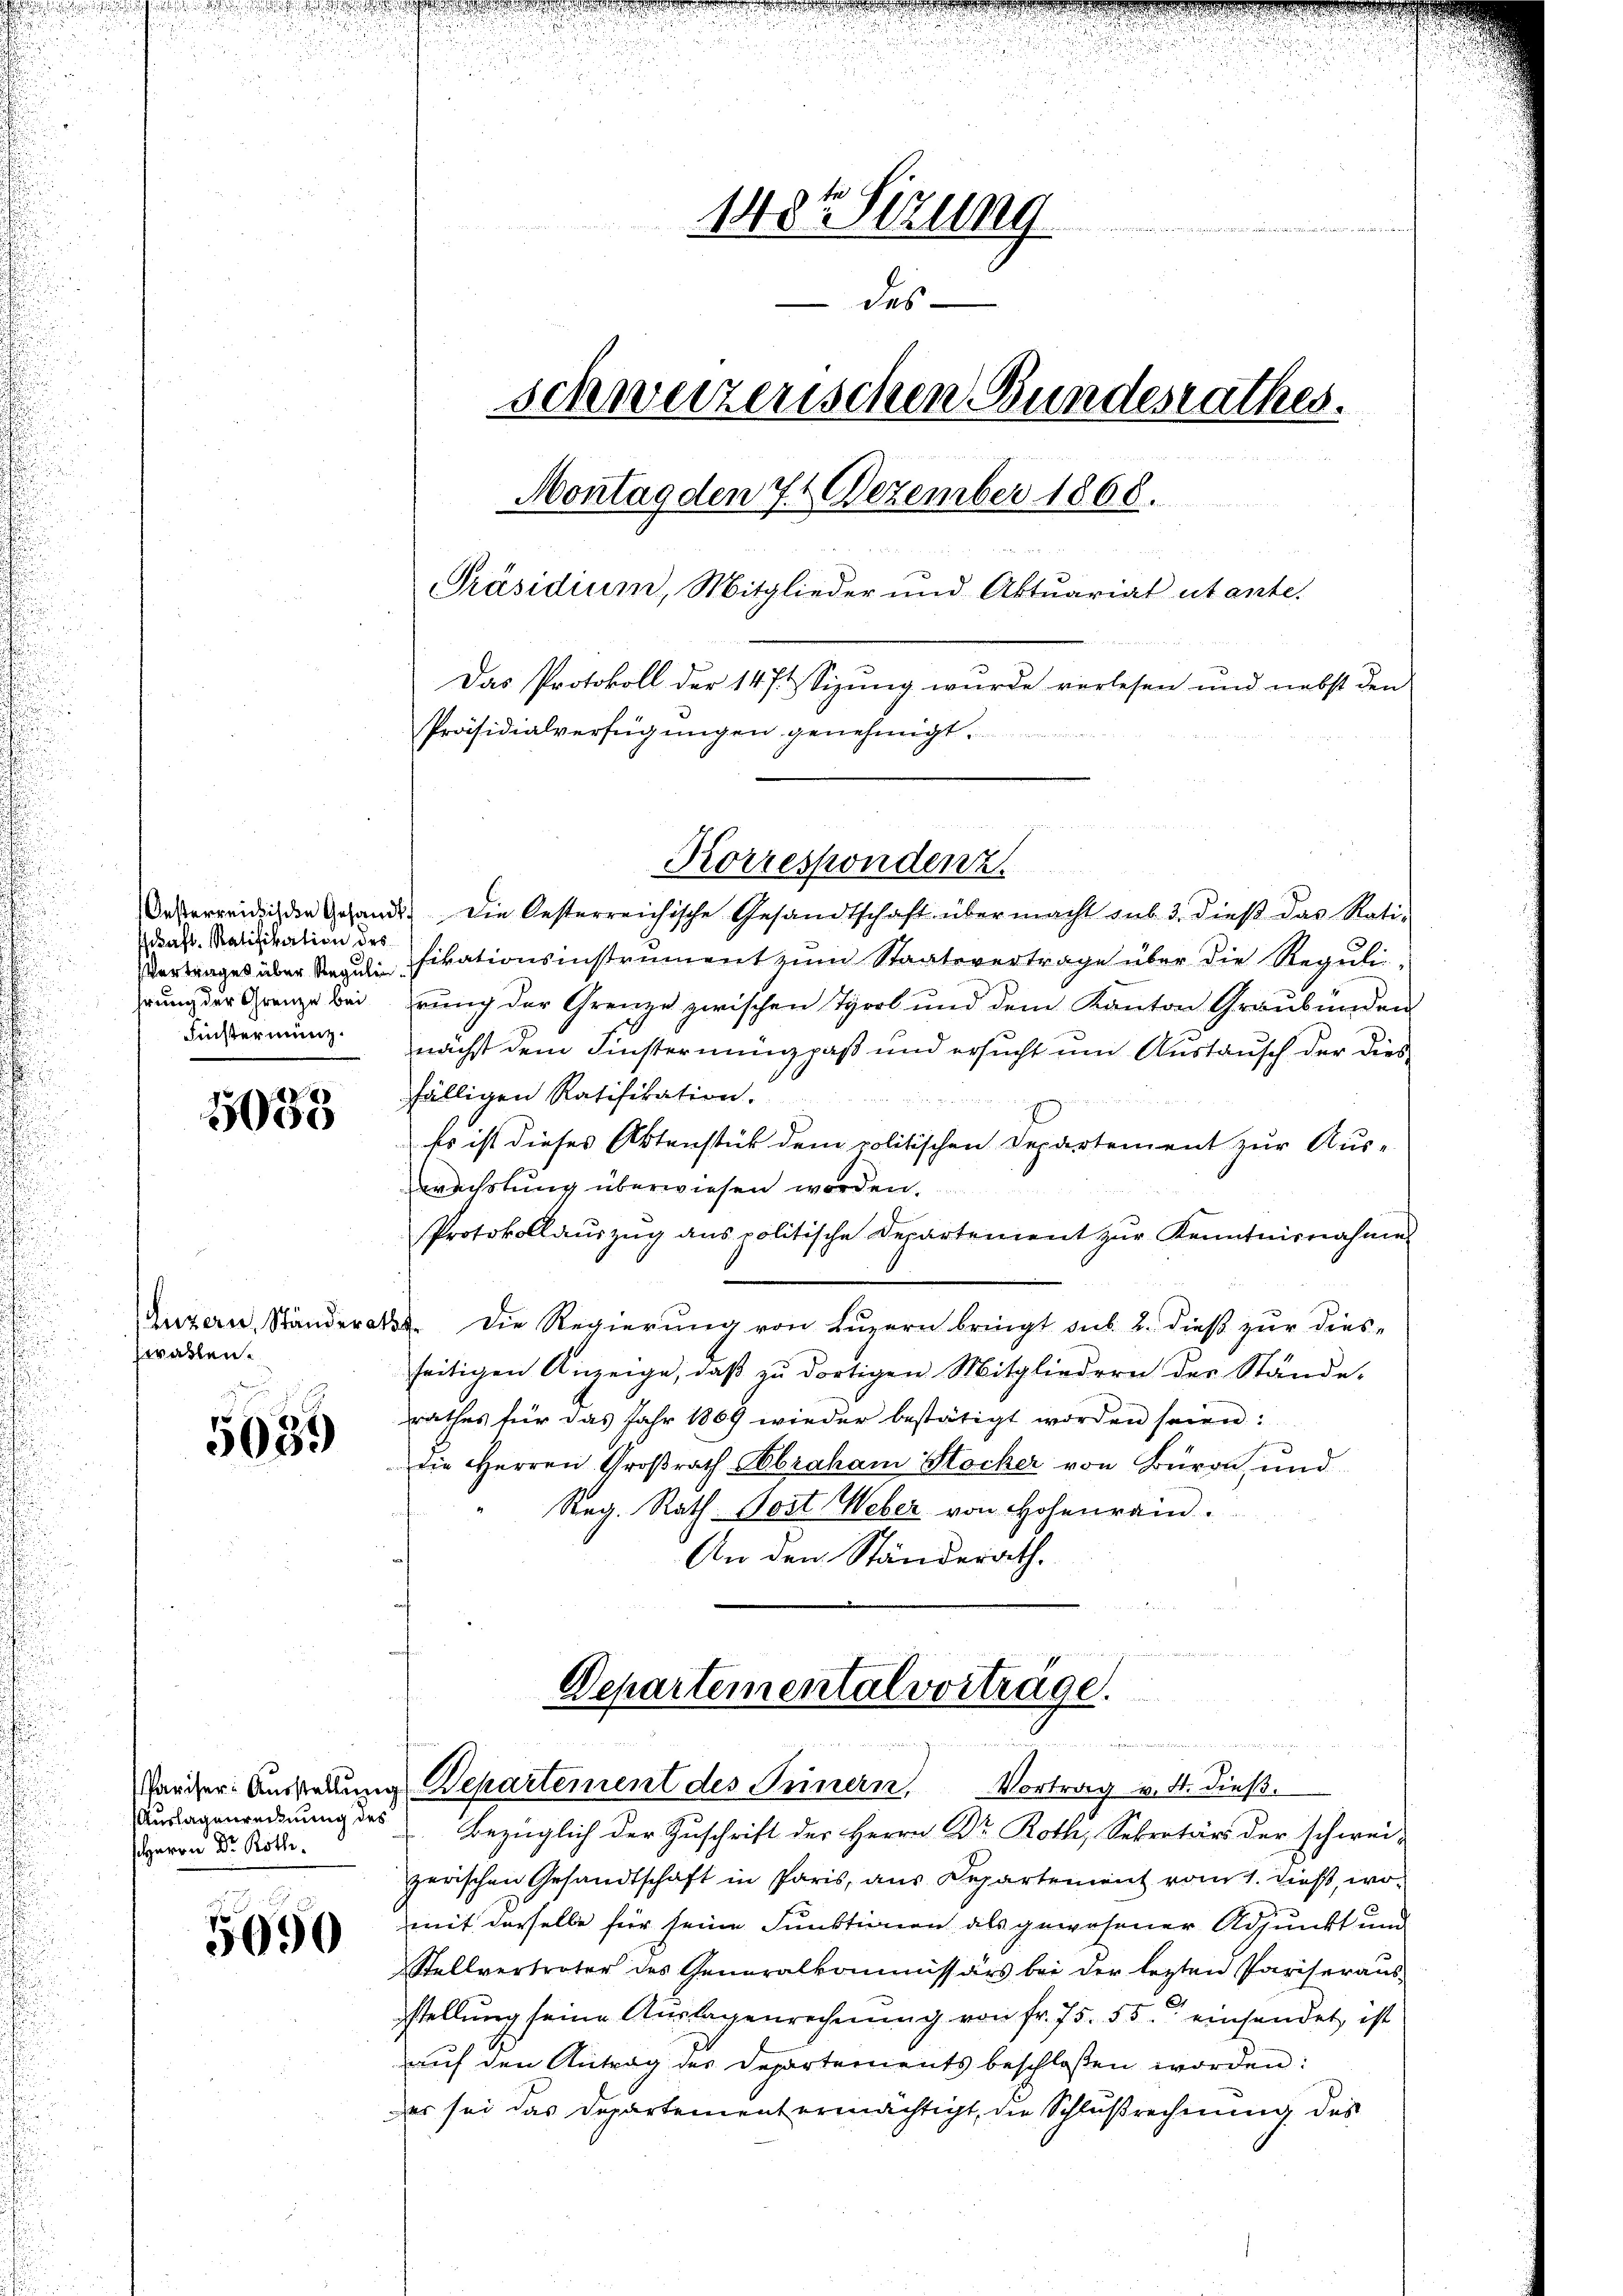
Schaft. Ratifikation des
Finstermanz.

5033

wallen.

5639

Auslagenrechnung des
HHerrn Dr. Rothe

5690

u
g

148te Sitzung
des
schweizerischen Bundesrathes.
Montag den 7. Dezember 1868.
Präsidium, Mitglieder und Aktuarial utante.
Das Protokoll der 1474 Sizung wurde verlesen und nebst den
Präsidialverfügungen genehmigt.

Korrespondenz
Oesterreich die Gesandt. Die Oesterreichische Gesandtschaft über macht sub. 3. dieβ das Rati-
Vortrages über Regulifikationsinstrument zum Staatsvertrage über die Regulirung der Grenze beirung der Grenze zwischen Tyrol und dem Kanton Graubünden
nächst dem Finsternung paß und ersucht um Austausch der dies
fälligen Ratifikation.
Es ist dieses Aktenstück dem politischen Departement zur Aus-
wechstung überwiesen worden.
Protokollauszug aus politische Departement zur Kenntnisnahme
Luzern, Ständerats die Regierung von Luzern bringt sub. 2. dieß zur diesseitigen Anzeige, daβ zŭ dortigen Mitgliedern der Stände,
rathes für das Jahr 1869 wieder bestätigt worden seien:
die Herren Großrath Kobraham Stocker von Büron, und
Reg. Rath. Post Weber von Hohenrain.
An den Ständerath.

Departemental vorträge.
ineingen unte
Pariser Ansehung Departement des Seinern, Vortrag v. M. dieß-
Bezüglich der Zuschrift der Herrn Dr. Roth, Sekretärs der schwei-

zerischen Gesandtschaft in Paris, aus Departement vom 1. dieß, womit derselbe für seine Funktionen als gewesener Adjunkt und
Stellvertreter des Generalkommissärs bei der lezten Pariseraŭs-
stellung seine Auslagenrechnung von fr. 75. 55. einsendet, ist
auf den Antrag des Departements beschloßen worden:
es sei das Departement ermächtigt, die Schlußrechnung des